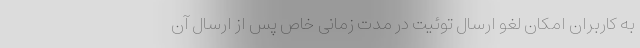
به کاربران امکان لغو ارسال توئیت‌ در مدت زمانی خاص پس از ارسال آن